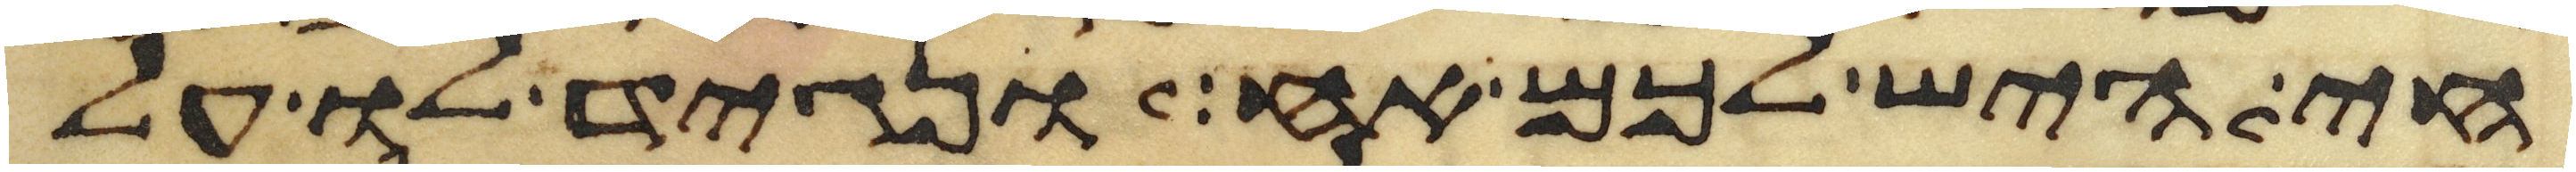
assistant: חי היש לכם אח ונגיד לו על